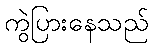
ကွဲပြားနေသည်